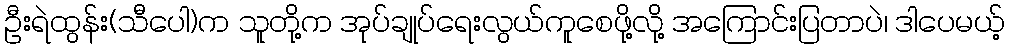
ဦးရဲထွန်း(သီပေါ)က သူတို့က အုပ်ချုပ်ရေးလွယ်ကူစေဖို့လို့ အကြောင်းပြတာပဲ၊ ဒါပေမယ့်